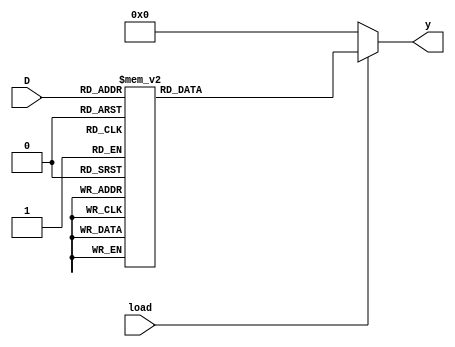
module Binary_Decoder(output reg[15:0] y, input [3:0]D, input load);

    always@(D, load)
    begin
        if(load)
            case(D)
            4'b0000: y<=16'b0000000000000001;
            4'b0001: y<=16'b0000000000000010;
            4'b0010: y<=16'b0000000000000100;
            4'b0011: y<=16'b0000000000001000;
            4'b0100: y<=16'b0000000000010000;
            4'b0101: y<=16'b0000000000100000;
            4'b0110: y<=16'b0000000001000000;
            4'b0111: y<=16'b0000000010000000;
            4'b1000: y<=16'b0000000100000000;
            4'b1001: y<=16'b0000001000000000;
            4'b1010: y<=16'b0000010000000000;
            4'b1011: y<=16'b0000100000000000;
            4'b1100: y<=16'b0001000000000000;
            4'b1101: y<=16'b0010000000000000;
            4'b1110: y<=16'b0100000000000000;
            4'b1111: y<=16'b1000000000000000;
            endcase
        else y = 16'b0000000000000000;
    end
endmodule

module Register (output reg [31:0] dataout,input [31:0] datain, input enable, Clk);
    always @ (posedge Clk)
    if (enable) dataout <= datain;
endmodule

module Mux_2x1(output reg [31:0] Y, input S, input[31:0] option_a, option_b);
    always@(S, option_a, option_b)
    case(S)
        1'b0 : Y <= option_a;
        1'b1 : Y <= option_b;
    endcase
endmodule

module Mux_16x1(output reg[31:0] Y, input [3:0]S, input [31:0] R15, R14, R13, R12, R11, R10, R9, R8, R7, R6, R5, R4, R3, R2, R1, R0);
    always@(S, R15, R14, R13, R12, R11, R10, R9, R8, R7, R6, R5, R4, R3, R2, R1, R0)
    case(S)
    4'b0000: Y <= R0;
    4'b0001: Y <= R1;
    4'b0010: Y <= R2;
    4'b0011: Y <= R3;
    4'b0100: Y <= R4;
    4'b0101: Y <= R5;
    4'b0110: Y <= R6;
    4'b0111: Y <= R7;
    4'b1000: Y <= R8;
    4'b1001: Y <= R9;
    4'b1010: Y <= R10;
    4'b1011: Y <= R11;
    4'b1100: Y <= R12;
    4'b1101: Y <= R13;
    4'b1110: Y <= R14;
    4'b1111: Y <= R15;
    endcase
endmodule

//Register PC
module Register_PC(output reg [31:0] dataout, input [31:0] datain, input Clk, R, enable);

    always@(posedge Clk) begin
        if (R) dataout <= 32'b00000000000000000000000000000000;
        else if (enable)
        dataout <= datain;
        // $display("PC_in %d PC_out %d Reset %d Enable %b", datain, dataout, R, enable);
    end    
endmodule

module Register_File(PA, PB, PC, PW, RA, RB, RC, RW, pc_out, pc_in, pc_enable,  pc_plus_4, BL_true, load, Clk, R);
	output [31:0] PA, PB, PC, pc_out;	//Output Ports, program counter port
	input [31:0] PW; 				    //Data in
	input [3:0] RA, RB, RC;			    //Register number to read (4 bits)
	wire [15:0] Registers_Enable;       //Register enable
	wire [31:0] R15, R14, R13, R12, R11, R10, R9, R8, R7, R6, R5, R4, R3, R2, R1, R0;                         //Data out of each register
	input [3:0] RW; 				    //Register to write to
	input load, pc_enable;			    //Load enable, Program Counter enable
	input Clk, R;					    //Clock, Reset for the program counter register
	input BL_true;                      //Branch & Link true
	input [31:0] pc_in, pc_plus_4;      //Program Counter_in, Program Counter+4
	wire [31:0] info_R14;               //Information store in Register 14
	reg LR_enable;                      //Link Register Enable

	Binary_Decoder BD(Registers_Enable, RW, load);

    Register R_0(R0,PW,Registers_Enable[0],Clk);
    Register R_1(R1,PW,Registers_Enable[1],Clk);
    Register R_2(R2,PW,Registers_Enable[2],Clk);
    Register R_3(R3,PW,Registers_Enable[3],Clk);
    Register R_4(R4,PW,Registers_Enable[4],Clk);
    Register R_5(R5,PW,Registers_Enable[5],Clk);
    Register R_6(R6,PW,Registers_Enable[6],Clk);
    Register R_7(R7,PW,Registers_Enable[7],Clk);
    Register R_8(R8,PW,Registers_Enable[8],Clk);
    Register R_9(R9,PW,Registers_Enable[9],Clk);
    Register R_10(R10,PW,Registers_Enable[10],Clk);
    Register R_11(R11,PW,Registers_Enable[11],Clk);
    Register R_12(R12,PW,Registers_Enable[12],Clk);
    Register R_13(R13,PW,Registers_Enable[13],Clk);
    
    Mux_2x1 LR_or_R14(info_R14, BL_true, PW, pc_plus_4);

    always@(BL_true, PW, pc_plus_4)
        case(BL_true)
        1'b0: LR_enable = Registers_Enable[14]; 
        1'b1: LR_enable = 1;
        endcase

    Register R_14(R14, info_R14 , LR_enable, Clk);

    Register_PC R_15(pc_out, pc_in, Clk, R, pc_enable);
    // Register R_15(R15, pc_in, pc_enable ,Clk);
	// assign pc_out = R15;

	Mux_16x1 Port_A(PA, RA, R15, R14, R13, R12, R11, R10, R9, R8, R7, R6, R5, R4, R3, R2, R1, R0);
	Mux_16x1 Port_B(PB, RB, R15, R14, R13, R12, R11, R10, R9, R8, R7, R6, R5, R4, R3, R2, R1, R0);
	Mux_16x1 Port_C(PC, RC, R15, R14, R13, R12, R11, R10, R9, R8, R7, R6, R5, R4, R3, R2, R1, R0);
    always@(*)
$display("PW %d RW %d enable %b", PW, RW, Registers_Enable);
endmodule